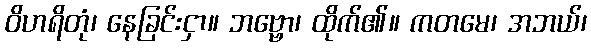
ဝိဟရိတုံ၊ နေခြင်းငှာ။ ဘဗ္ဗော၊ ထိုက်၏။ ကတမေ၊ အဘယ်၊